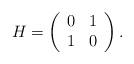
LaTeX: \begin{align*}H = \left(\begin{array}{cc}0&1\\1&0\end{array}\right). \end{align*}